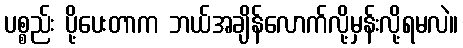
ပစ္စည်း ပို့ပေးတာက ဘယ်အချိန်လောက်လို့မှန်းလို့ရမလဲ။